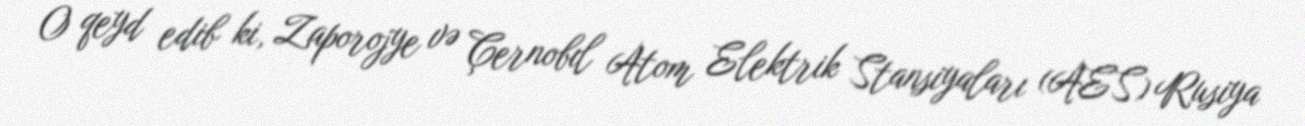
O qeyd edib ki, Zaporojye və Çernobıl Atom Elektrik Stansiyaları (AES) Rusiya